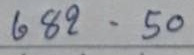
682 - 50